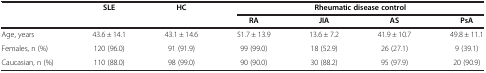
<table><thead><tr><td rowspan="2"><b> </b></td><td rowspan="2"><b>SLE</b></td><td rowspan="2"><b>HC</b></td><td colspan="4"><b>Rheumatic disease control</b></td></tr><tr><td><b>RA</b></td><td><b>JIA</b></td><td><b>AS</b></td><td><b>PsA</b></td></tr></thead><tbody><tr><td>Age, years</td><td>43.6 ± 14.1</td><td>43.1 ± 14.6</td><td>51.7 ± 13.9</td><td>13.6 ± 7.2</td><td>41.9 ± 10.7</td><td>49.8 ± 11.1</td></tr><tr><td>Females, n (%)</td><td>120 (96.0)</td><td>91 (91.9)</td><td>99 (99.0)</td><td>18 (52.9)</td><td>26 (27.1)</td><td>9 (39.1)</td></tr><tr><td>Caucasian, n (%)</td><td>110 (88.0)</td><td>98 (99.0)</td><td>90 (90.0)</td><td>30 (88.2)</td><td>95 (97.9)</td><td>20 (90.9)</td></tr></tbody></table>